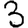
Digit: 3